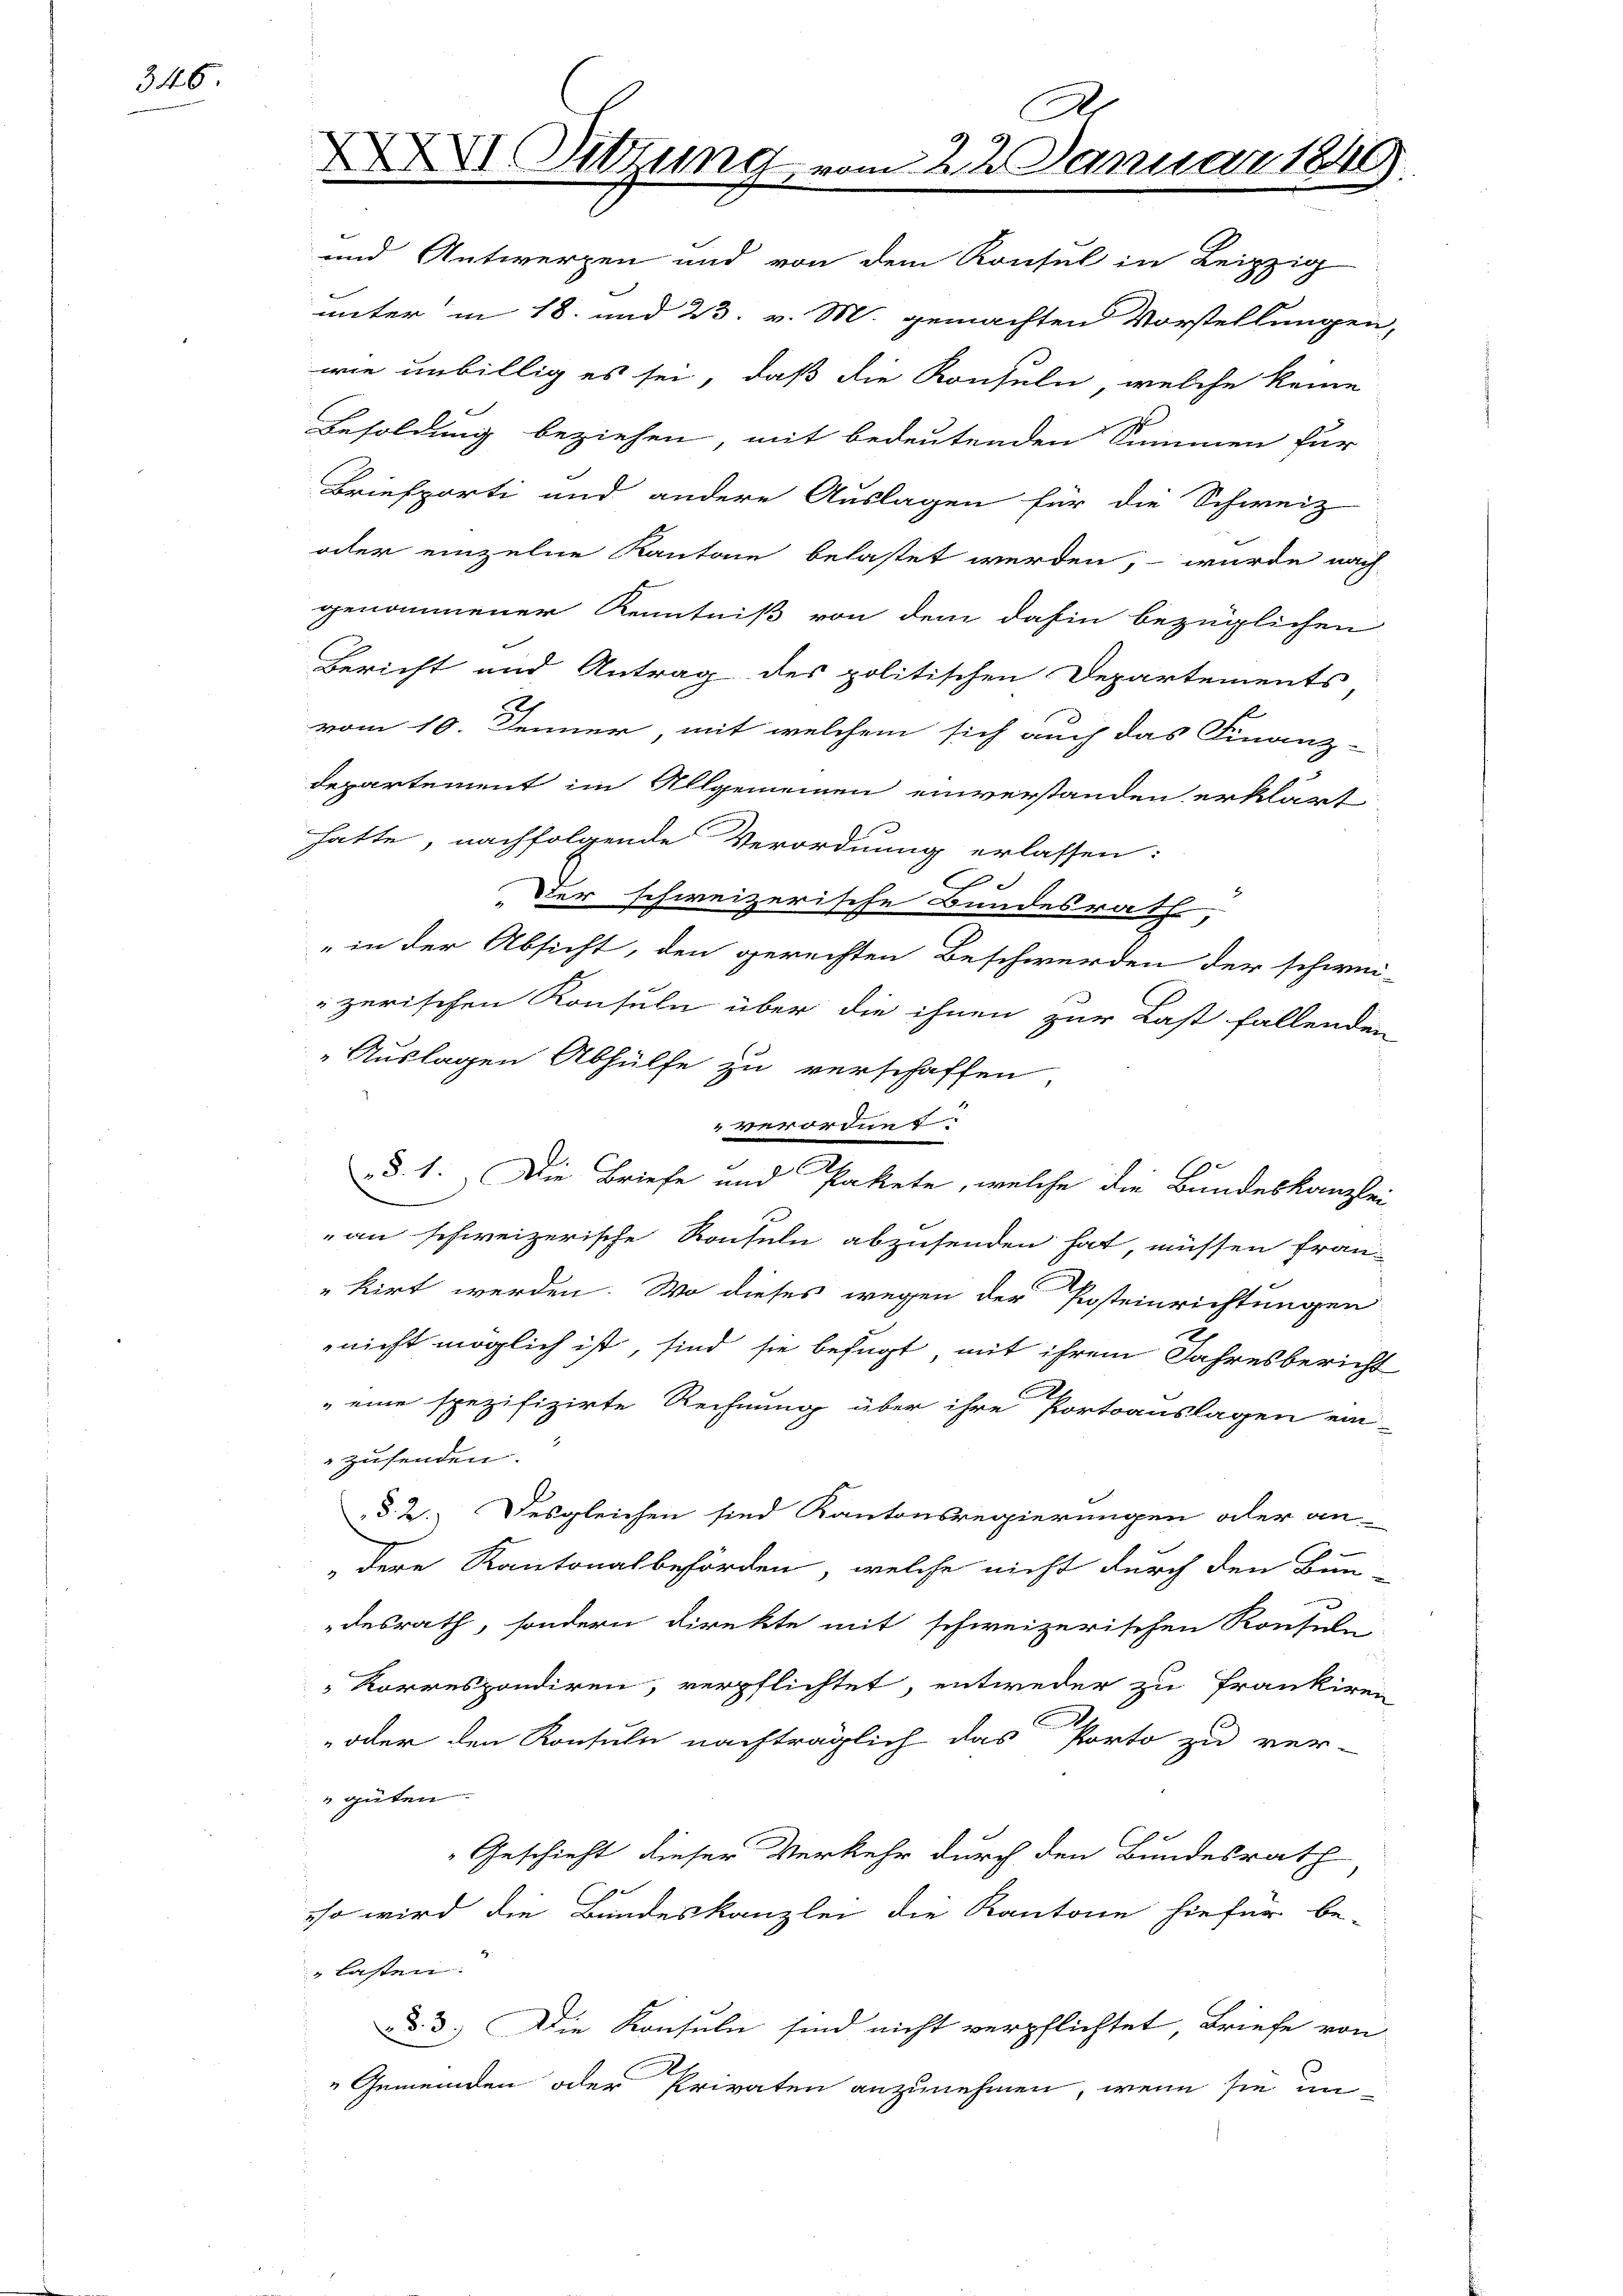
346.

A
 Sitzung vom 22. Januar 1849.

und Antwerpen und von dem Konsul in Leipzig
unter in 18. und 23. v. M. gemachten Vorstellungen,
wie unbillig es sei, daß die Konsuln, welche keine
Besoldung beziehen, mit bedeutenden Summen für
Briefporti und andere Auslagen für die Schweiz
oder einzelne Kantone belastet werden, – wurde nach
genommener Kenntniß von dem dahin bezüglichen
Bericht und Antrag des politischen Departements
vom 10. Jenner, mit welchem sich auch das Finanz-
departement im Allgemeinen einverstanden erklärt
hatte, nachfolgende Verordnung erlassen:
Der schweizerische Bundesrath,
„in der Absicht, den gerechten Beschwerden der schwei-
zerischen Konsuln über die ihnen zur Last fallenden
Auslagen Abhülfe zu verschaffen
verorden
b
§. 1. Die Briefe und Pakete, welche die Bundeskanzlei-
an schweizerische Rouseln abzusenden hat, müssen fran-
"kirt werden. Wo dieses wegen der Posteinrichtungen
nicht möglich ist, sind sie befugt, mit ihrem Jahresbericht
 eine spezifizirte Rechnung über ihre Portoauslagen ein-
zusenden.
§. 2. Desgleichen sind Kantonsregierungen aber an-
dere Kantonalbehörden, welche nicht durch den Bun-
desrath, sondern direkte mit schweizerischen Konseln-
 Korrespondiren, verpflichtet, entweder zu Frankiren
I
oder den Konsuln nachträglich das Porto zu ver-
güten.
Geschieht dieser Verkehr durch den Bundesrath
eso wird die Bundeskanzlei die Kantone hiefür be-
lasten.
§. 3. Die Konsuln sind nicht verpflichtet, Briefe von
" Gemeinden oder Privaten anzunehmen, wenn sie un-